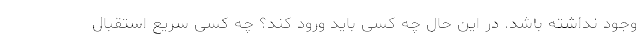
وجود نداشته باشد. در این حال چه کسی باید ورود کند؟ چه کسی سریع استقبال